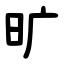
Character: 旷